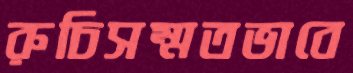
রুচিসম্মতভাবে